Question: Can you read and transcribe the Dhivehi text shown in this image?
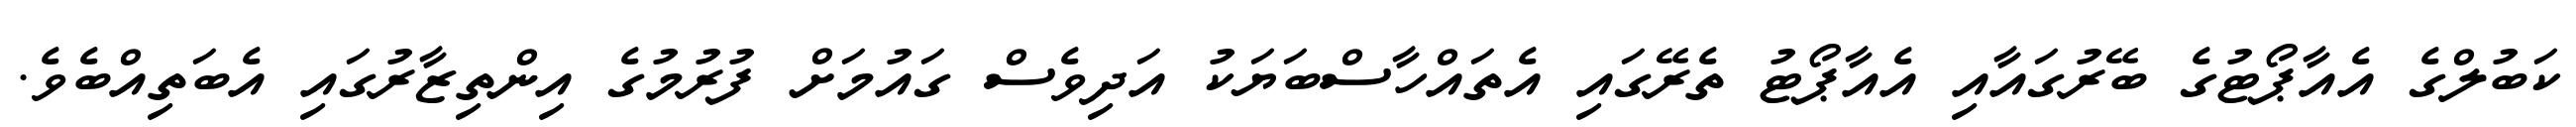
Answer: ކަބުލްގެ އެއާޕޯޓުގެ ބޭރުގައާއި އެއާޕޯޓު ތެރޭގައި އެތައްހާސްބަޔަކު އަދިވެސް ގައުމަށް ފުރުމުގެ އިންތިޒާރުގައި އެބަތިއްބެވެ.